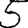
Digit: 5